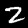
Digit: 2